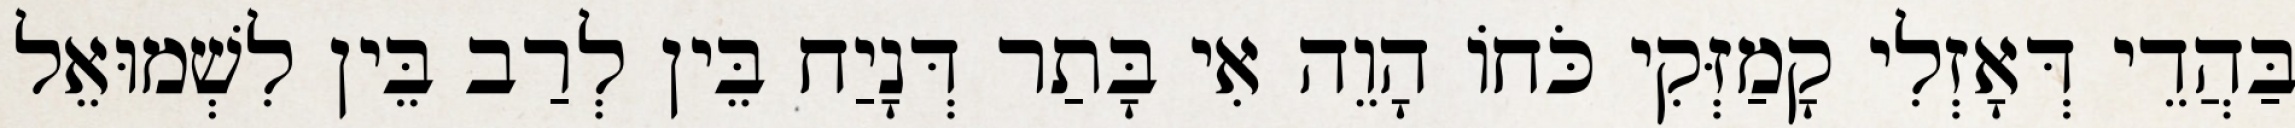
בַּהֲדֵי דְּאָזְלִי קָמַזְּקִי כֹּחוֹ הָוֵה אִי בָּתַר דְּנָיַח בֵּין לְרַב בֵּין לִשְׁמוּאֵל